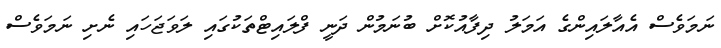
ނަމަވެސް އެއާލައިންގެ އަމަލު ދިފާއުކޮށް ބުނަމުން ދަނީ ފްލައިޓްތަކުގައި ލަވަޖަހައި ނެށި ނަމަވެސް